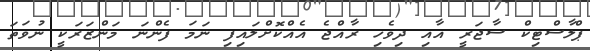
ޕްލާސްޓިކް ސާޖަރީ އާއި ދިވެހި ރާއްޖެ އެއްކޮށްލައިފި ނަމަ ފެންނަ މަންޒަރަކީ ނުވަތަ